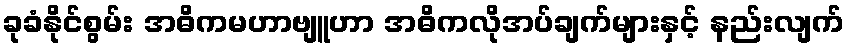
ခုခံနိုင်စွမ်း အဓိကမဟာဗျူဟာ အဓိကလိုအပ်ချက်များနှင့် နည်းလျက်